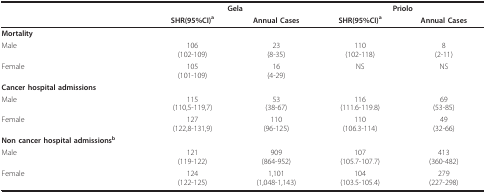
|  | <COLSPAN=2> Gela | <COLSPAN=2> Priolo |
 |  | SHR(95%CI)a | Annual Cases | SHR(95%CI)a | Annual Cases |
 | --- | --- | --- | --- | --- |
 | Mortality |  |  |  |  |
 | Male | 106(102-109) | 23(8-35) | 110(102-118) | 8(2-11) |
 | Female | 105(101-109) | 16(4-29) | NS | NS |
 | Cancer hospital admissions |  |  |  |  |
 | Male | 115(110,5-119,7) | 53(38-67) | 116(111.6-119.8) | 69(53-85) |
 | Female | 127(122,8-131,9) | 110(96-125) | 110(106.3-114) | 49(32-66) |
 | Non cancer hospital admissionsb |  |  |  |  |
 | Male | 121(119-122) | 909(864-952) | 107(105.7-107.7) | 413(360-482) |
 | Female | 124(122-125) | 1,101(1,048-1,143) | 104(103.5-105.4) | 279(227-298) |